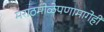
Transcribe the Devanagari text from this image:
मराठमोळेपणामागेही